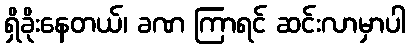
ရှိခိုးနေတယ်၊ ခဏ ကြာရင် ဆင်းလာမှာပါ